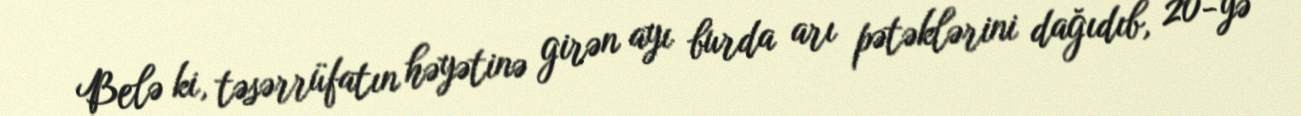
Belə ki, təsərrüfatın həyətinə girən ayı burda arı pətəklərini dağıdıb, 20-yə